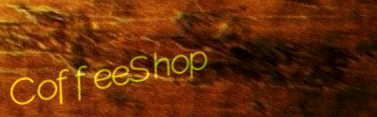
CoffeeShop